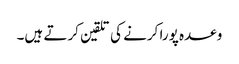
وعدہ پورا کرنے کی تلقین کرتے ہیں۔